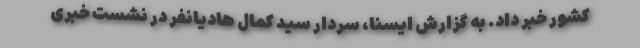
کشور خبر داد. به گزارش ایسنا، سردار سید کمال هادیانفر در نشست خبری